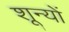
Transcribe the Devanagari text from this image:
शून्यों